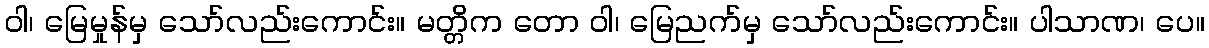
ဝါ၊ မြေမှုန်မှ သော်လည်းကောင်း။ မတ္တိက တော ဝါ၊ မြေညက်မှ သော်လည်းကောင်း။ ပါသာဏ၊ ပေ။